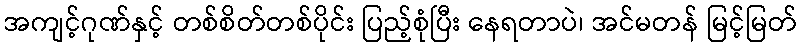
အကျင့်ဂုဏ်နှင့် တစ်စိတ်တစ်ပိုင်း ပြည့်စုံပြီး နေရတာပဲ၊ အင်မတန် မြင့်မြတ်